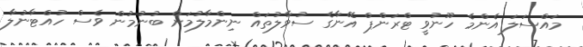
މައްސަލަ އެންމެ ހޫނުވީ ޓްރަންޕް އޭނާގެ ސުވާލުތައް ނިންމާލުމަށް ބުނުމުން ވެސް ހުއްޓާނުލާ